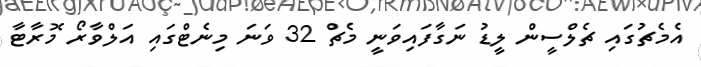
އެމެޗުގައި ޗެލްސީން ލީޑު ނަގާފައިވަނީ މެޗް 32 ވަނަ މިނެޓްގައި އަލްވާރޯ މޮރާޓާ